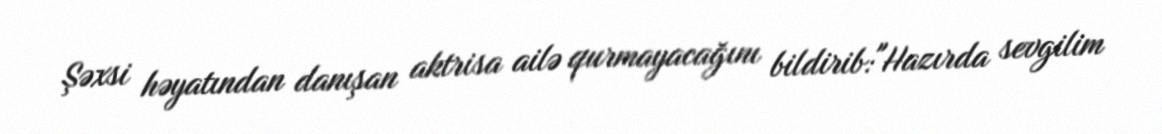
Şəxsi həyatından danışan aktrisa ailə qurmayacağını bildirib:"Hazırda sevgilim